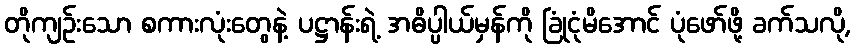
တိုကျဉ်းသော စကားလုံးတွေနဲ့ ပဋ္ဌာန်းရဲ့ အဓိပ္ပါယ်မှန်ကို ခြုံငုံမိအောင် ပုံဖော်ဖို့ ခက်သလို,